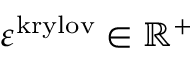
\varepsilon ^ { \mathrm { k r y l o v } } \in \mathbb { R } ^ { + }